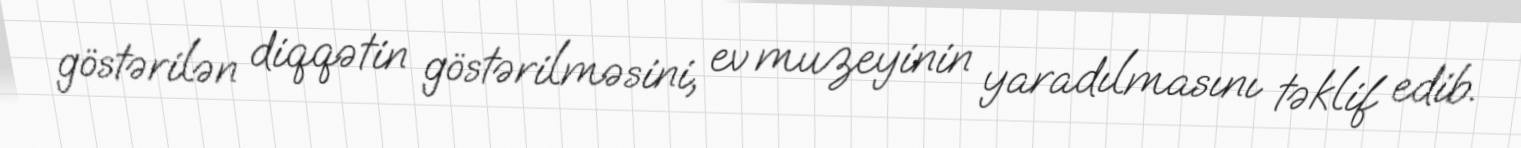
göstərilən diqqətin göstərilməsini, ev muzeyinin yaradılmasını təklif edib.